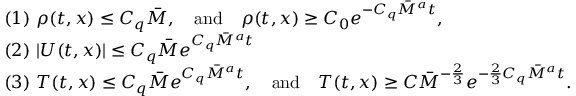
\begin{array} { r l } & { ( 1 ) ~ \rho ( t , x ) \leq C _ { q } \overbar { M } , \quad \mathrm { a n d } \quad \rho ( t , x ) \geq C _ { 0 } e ^ { - C _ { q } \overbar { M } ^ { a } t } , } \\ & { ( 2 ) ~ | U ( t , x ) | \leq C _ { q } \overbar { M } e ^ { C _ { q } \overbar { M } ^ { a } t } } \\ & { ( 3 ) ~ T ( t , x ) \leq C _ { q } \overbar { M } e ^ { C _ { q } \overbar { M } ^ { a } t } , \quad \mathrm { a n d } \quad T ( t , x ) \geq C \overbar { M } ^ { - \frac { 2 } { 3 } } e ^ { - \frac { 2 } { 3 } C _ { q } \overbar { M } ^ { a } t } . } \end{array}